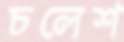
চলেশ